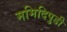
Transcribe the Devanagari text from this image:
ममिदिपुडी